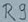
Text: R9